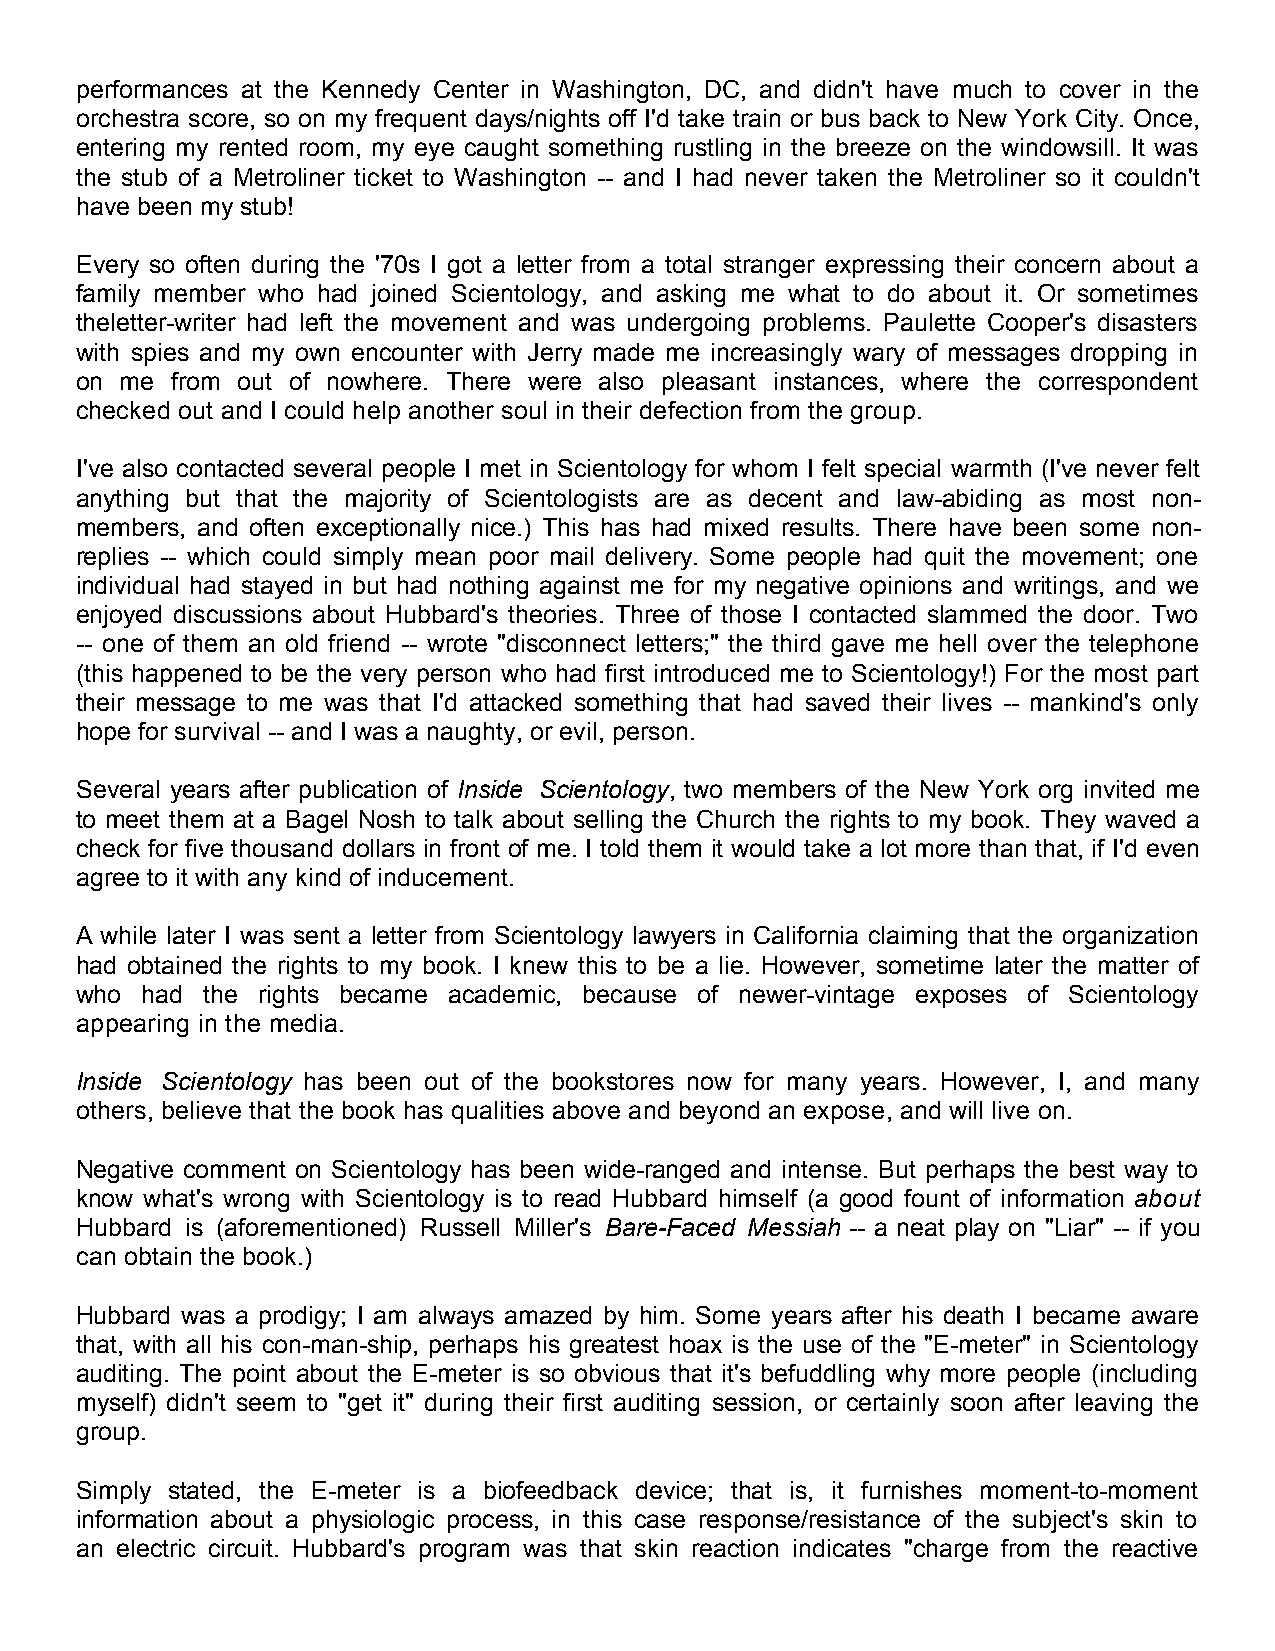
performances at the Kennedy Center in Washington, DC, and didn't have much to cover in the
 orchestra score, so on my frequent days/nights off I'd take train or bus back to New York City. Once,
 entering my rented room, my eye caught something rustling in the breeze on the windowsill. It was
 the stub of a Metroliner ticket to Washington -- and I had never taken the Metroliner so it couldn't
 have been my stub!
 Every so often during the '70s I got a letter from a total stranger expressing their concern about a
 family member who had joined Scientology, and asking me what to do about it. Or sometimes
 theletter-writer had left the movement and was undergoing problems. Paulette Cooper's disasters
 with spies and my own encounter with Jerry made me increasingly wary of messages dropping in
 on me from out of nowhere. There were also pleasant instances, where the correspondent
 checked out and I could help another soul in their defection from the group.
 I've also contacted several people I met in Scientology for whom I felt special warmth (I've never felt
 anything but that the majority of Scientologists are as decent and law-abiding as most non-
 members, and often exceptionally nice.) This has had mixed results. There have been some non-
 replies -- which could simply mean poor mail delivery. Some people had quit the movement; one
 individual had stayed in but had nothing against me for my negative opinions and writings, and we
 enjoyed discussions about Hubbard's theories. Three of those I contacted slammed the door. Two
 -- one of them an old friend -- wrote "disconnect letters;" the third gave me hell over the telephone
 (this happened to be the very person who had first introduced me to Scientology!) For the most part
 their message to me was that I'd attacked something that had saved their lives -- mankind's only
 hope for survival -- and I was a naughty, or evil, person.
 Several years after publication of Inside Scientology, two members of the New York org invited me
 to meet them at a Bagel Nosh to talk about selling the Church the rights to my book. They waved a
 check for five thousand dollars in front of me. I told them it would take a lot more than that, if I'd even
 agree to it with any kind of inducement.
 A while later I was sent a letter from Scientology lawyers in California claiming that the organization
 had obtained the rights to my book. I knew this to be a lie. However, sometime later the matter of
 who had the rights became academic, because of newer-vintage exposes of Scientology
 appearing in the media.
 Inside Scientology has been out of the bookstores now for many years. However, I, and many
 others, believe that the book has qualities above and beyond an expose, and will live on.
 Negative comment on Scientology has been wide-ranged and intense. But perhaps the best way to
 know what's wrong with Scientology is to read Hubbard himself (a good fount of information about
 Hubbard is (aforementioned) Russell Miller's Bare-Faced Messiah -- a neat play on "Liar" -- if you
 can obtain the book.)
 Hubbard was a prodigy; I am always amazed by him. Some years after his death I became aware
 that, with all his con-man-ship, perhaps his greatest hoax is the use of the "E-meter" in Scientology
 auditing. The point about the E-meter is so obvious that it's befuddling why more people (including
 myself) didn't seem to "get it" during their first auditing session, or certainly soon after leaving the
 group.
 Simply stated, the E-meter is a biofeedback device; that is, it furnishes moment-to-moment
 information about a physiologic process, in this case response/resistance of the subject's skin to
 an electric circuit. Hubbard's program was that skin reaction indicates "charge from the reactive